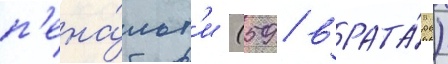
п'ена́льт'и (59 / врата́рь)